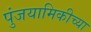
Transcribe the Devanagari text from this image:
पुंजयामिकीच्या